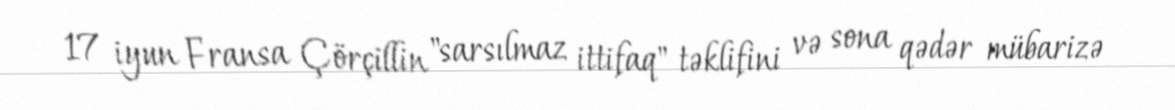
17 iyun Fransa Çörçillin "sarsılmaz ittifaq" təklifini və sona qədər mübarizə